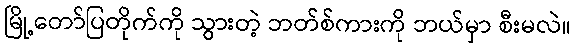
မြို့တော်ပြတိုက်ကို သွားတဲ့ ဘတ်စ်ကားကို ဘယ်မှာ စီးမလဲ။